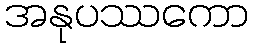
အနုပဿကော